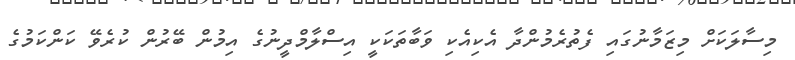
މިސާލަކަށް މިޒަމާނުގައި ފެތުރެމުންދާ އެކިއެކި ވަބާތަކަކީ އިސްލާމްދީނުގެ އިމުން ބޭރުން ކުރެވޭ ކަންކަމުގެ